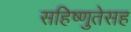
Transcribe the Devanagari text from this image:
सहिष्णुतेसह